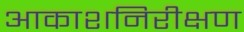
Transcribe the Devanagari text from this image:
आकाशनिरीक्षण